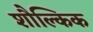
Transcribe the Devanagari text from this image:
शौल्किक